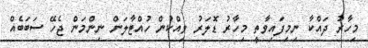
މިހާރު ދައްކާ ނިމިފައިވާތީ މިހާރު ޑޮލަރު ވިއްކުން ހުއްޓާލަން ނިންމަން ޖެހޭ ސަބަބެއް